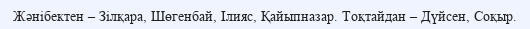
Жәнібектен – Зілқара, Шөгенбай, Ілияс, Қайыпназар. Тоқтайдан – Дүйсен, Соқыр.